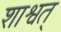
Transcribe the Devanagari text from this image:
शाश्वत्‌